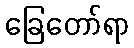
ခြေတော်ရာ